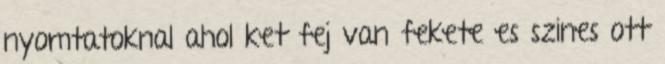
nyomtatoknal ahol ket fej van fekete es szines ott